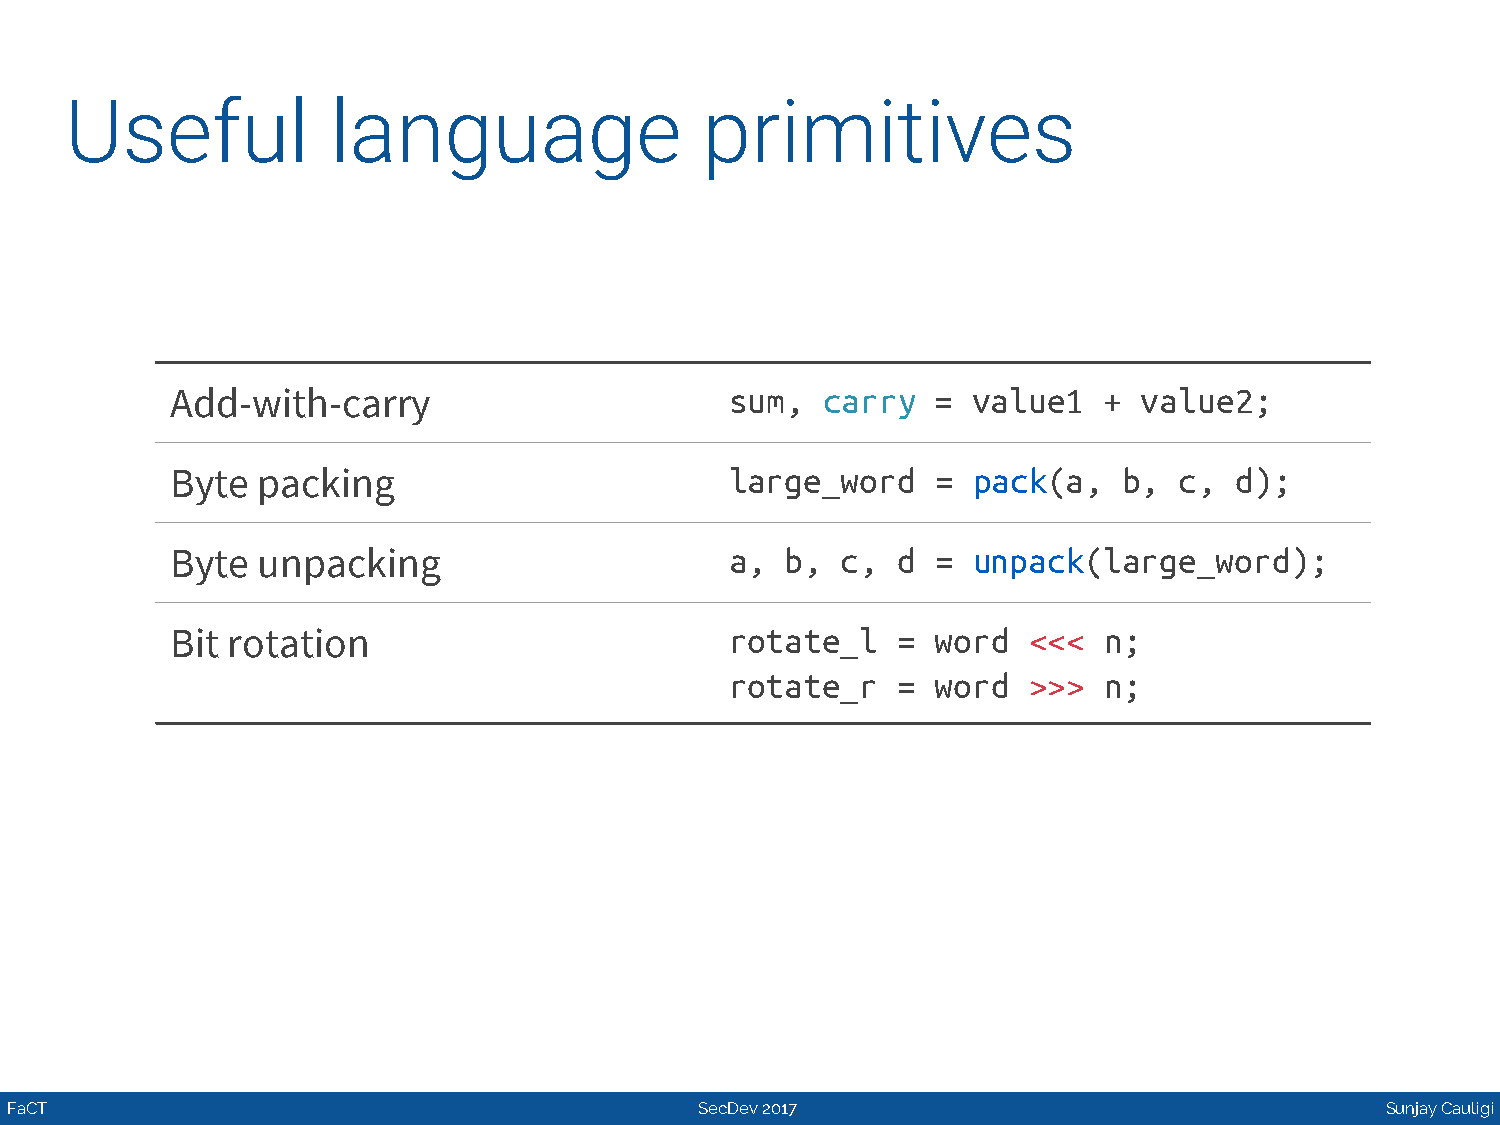
Useful            language                 primitives
 Add-with-carry                       sum,  carry   = value1   +  value2;
 Byte  packing                        large_word    = pack(a,   b,  c,  d);
 Byte  unpacking                      a,  b,  c, d  = unpack(large_word);
 Bit rotation                         rotate_l   =  word  <<<  n;
 rotate_r   =  word  >>>  n;
 FaCT                                          SecDev 2017                                   Sunjay Cauligi